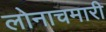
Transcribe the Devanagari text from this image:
लोनाचमारी